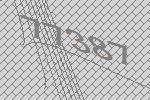
77387